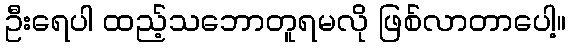
ဦးရေပါ ထည့်သဘောတူရမလို ဖြစ်လာတာပေါ့။